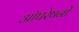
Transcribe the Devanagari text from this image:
आॅपरेषनों